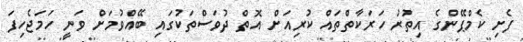
ފެށި ކެމްޕޭންގެ އިތުރު ހަރަކާތްތައް ކުރިއަށް އޮތް ދުވަސްތަކުގައި ބޭއްވުމަށް ވަނީ ހަމަޖެހިފަ